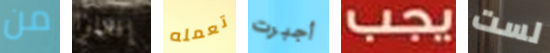
من إفعلوا تعمله أجبرت يجب لست